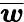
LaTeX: \overline{{\boldsymbol{w}}}